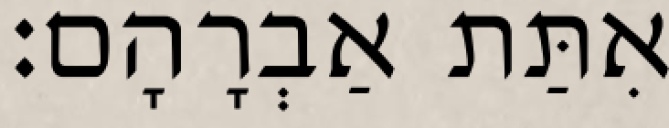
אִתַּת אַבְרָהָם׃